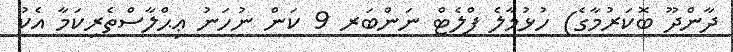
ދާންދޫ ބޮކަރުމާގެ) ހުޅުމާލެ ފްލެޓް ނަންބަރ 9 ކަން ނުހަނު ޢިޙްލާސްތެރިކަމާ އެކު